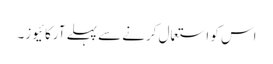
اس کو استعمال کرنے سے پہلے آرکائیوز۔